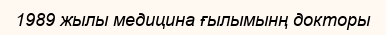
1989 жылы медицина ғылымынң докторы